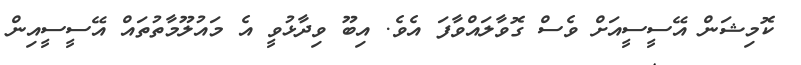
ކޮމިޝަން އޭސީސީއަށް ވެސް ގޮވާލައްވާފަ އެވެ. އިބޫ ވިދާޅުވީ އެ މައުލޫމާތުތައް އޭސީސީއިން